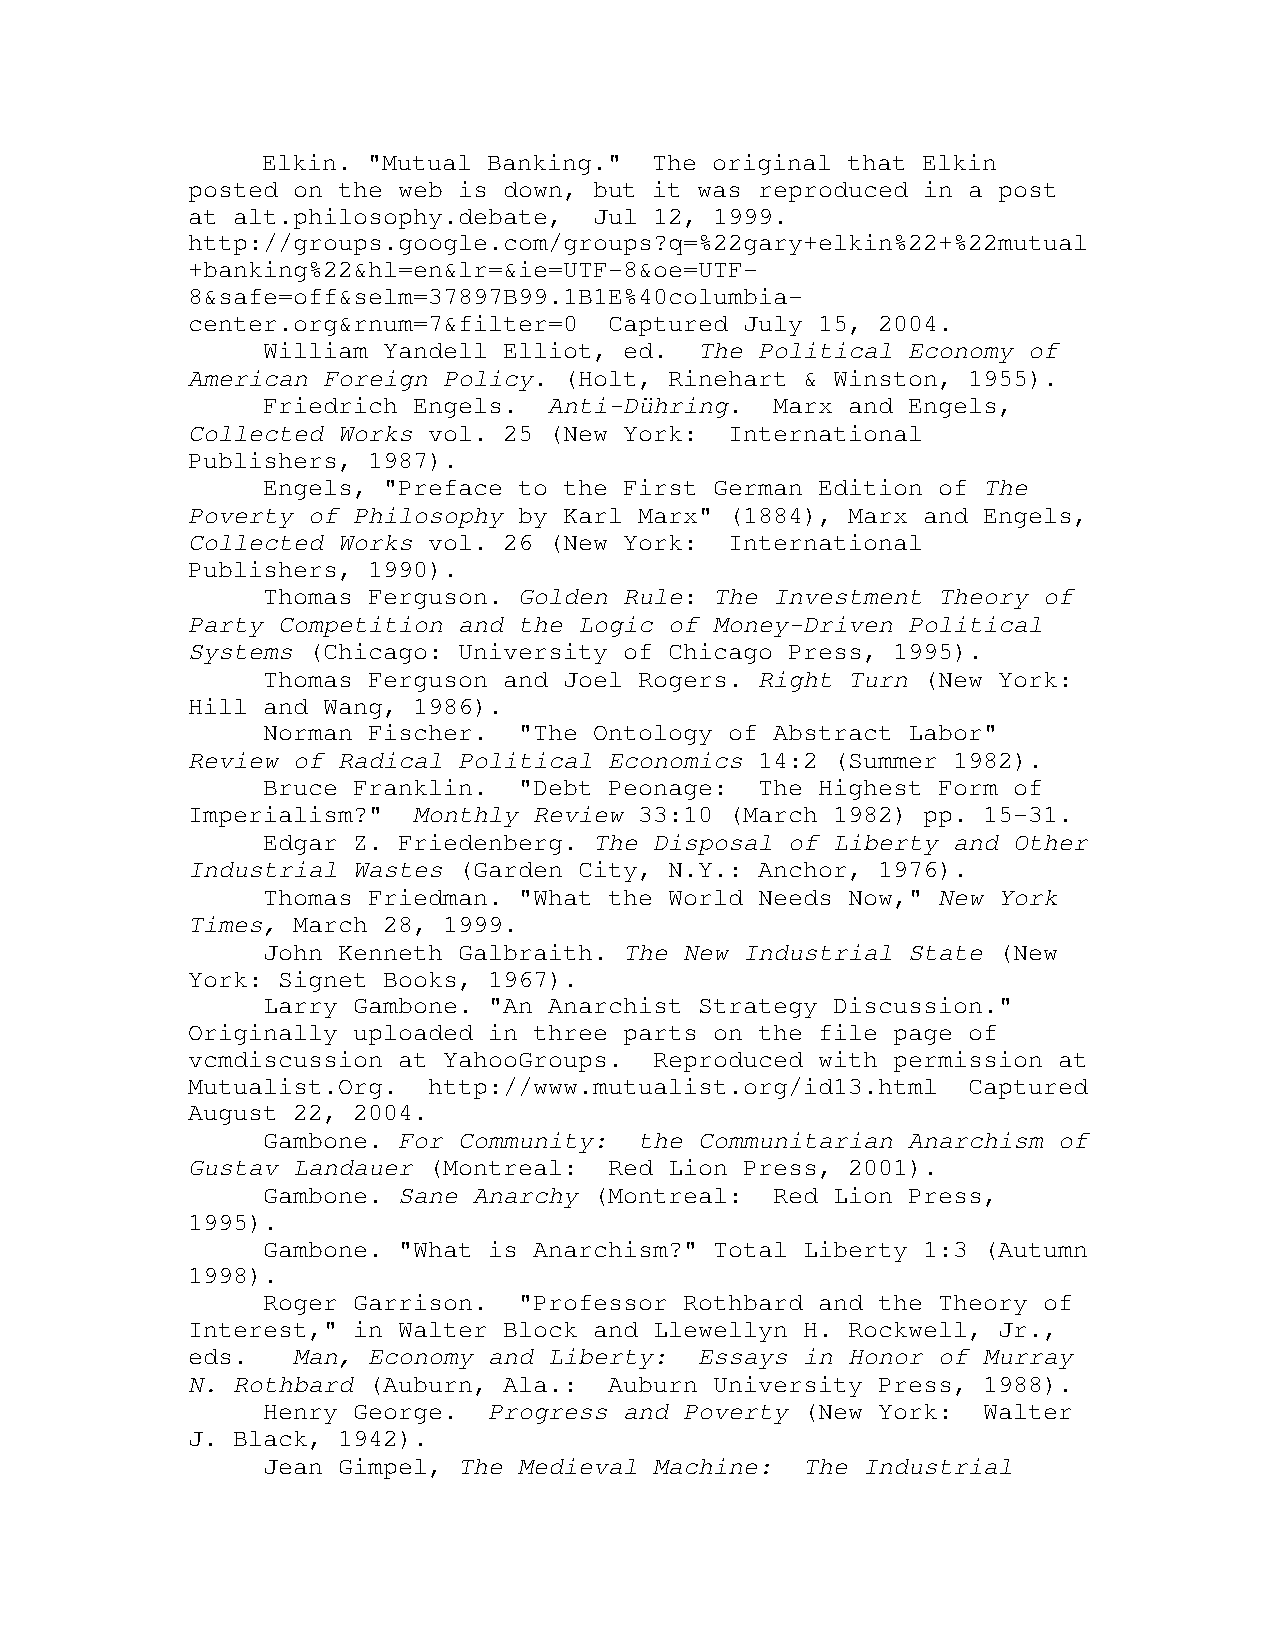
Elkin. "Mutual Banking."  The original that Elkin
 posted on the web is down, but it was reproduced in a post
 at alt.philosophy.debate,  Jul 12, 1999.
 http://groups.google.com/groups?q=%22gary+elkin%22+%22mutual
 +banking%22&hl=en&lr=&ie=UTF-8&oe=UTF-
 8&safe=off&selm=37897B99.1B1E%40columbia-
 center.org&rnum=7&filter=0  Captured July 15, 2004.
 William Yandell Elliot, ed.  The Political Economy of
 American Foreign Policy. (Holt, Rinehart & Winston, 1955).
 Friedrich Engels.  Anti-Dühring.  Marx and Engels,
 Collected Works vol. 25 (New York:  International
 Publishers, 1987).
 Engels, "Preface to the First German Edition of The
 Poverty of Philosophy by Karl Marx" (1884), Marx and Engels,
 Collected Works vol. 26 (New York:  International
 Publishers, 1990).
 Thomas Ferguson. Golden Rule: The Investment Theory of
 Party Competition and the Logic of Money-Driven Political
 Systems (Chicago: University of Chicago Press, 1995).
 Thomas Ferguson and Joel Rogers. Right Turn (New York:
 Hill and Wang, 1986).
 Norman Fischer.  "The Ontology of Abstract Labor"
 Review of Radical Political Economics 14:2 (Summer 1982).
 Bruce Franklin.  "Debt Peonage:  The Highest Form of
 Imperialism?"  Monthly Review 33:10 (March 1982) pp. 15-31.
 Edgar Z. Friedenberg. The Disposal of Liberty and Other
 Industrial Wastes (Garden City, N.Y.: Anchor, 1976).
 Thomas Friedman. "What the World Needs Now," New York
 Times, March 28, 1999.
 John Kenneth Galbraith. The New Industrial State (New
 York: Signet Books, 1967).
 Larry Gambone. "An Anarchist Strategy Discussion."
 Originally uploaded in three parts on the file page of
 vcmdiscussion at YahooGroups.  Reproduced with permission at
 Mutualist.Org.  http://www.mutualist.org/id13.html  Captured
 August 22, 2004.
 Gambone. For Community:  the Communitarian Anarchism of
 Gustav Landauer (Montreal:  Red Lion Press, 2001).
 Gambone. Sane Anarchy (Montreal:  Red Lion Press,
 1995).
 Gambone. "What is Anarchism?" Total Liberty 1:3 (Autumn
 1998).
 Roger Garrison.  "Professor Rothbard and the Theory of
 Interest," in Walter Block and Llewellyn H. Rockwell, Jr.,
 eds.   Man, Economy and Liberty:  Essays in Honor of Murray
 N. Rothbard (Auburn, Ala.:  Auburn University Press, 1988).
 Henry George.  Progress and Poverty (New York:  Walter
 J. Black, 1942).
 Jean Gimpel, The Medieval Machine:  The Industrial